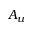
A _ { u }